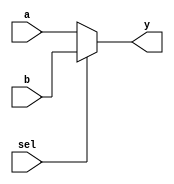
module mux2to1 (
    input wire a,       // First input
    input wire b,       // Second input
    input wire sel,     // Selector input
    output reg y        // Output
);

// Combinational logic using procedural assignment
always @(*) begin
    // Immediate assignment with `=` operator
    if (sel) begin
        y = b;          // If sel is high, assign b to output
    end else begin
        y = a;          // If sel is low, assign a to output
    end
end

endmodule